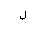
Letter: _lam